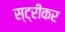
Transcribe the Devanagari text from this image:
स्ट्रीकर